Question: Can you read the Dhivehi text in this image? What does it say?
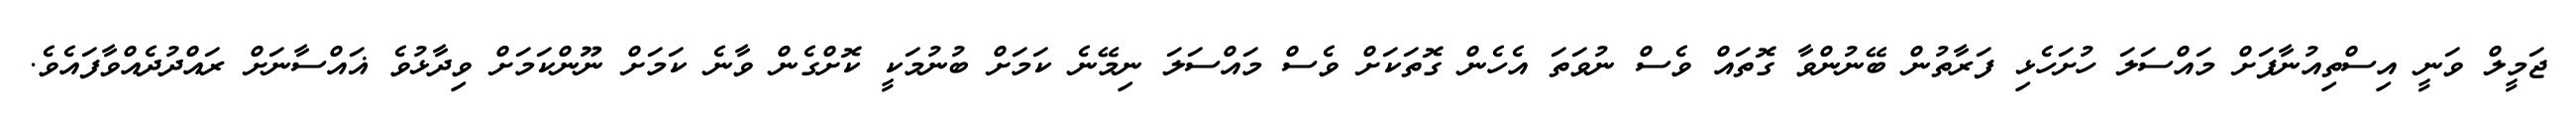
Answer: ޖަމީލް ވަނީ އިސްތިއުނާފަށް މައްސަލަ ހުށަހެޅި ފަރާތުން ބޭނުންވާ ގޮތައް ވެސް ނުވަތަ އެހެން ގޮތަކަށް ވެސް މައްސަލަ ނިމޭނެ ކަމަށް ބުނުމަކީ ކޮށްގެން ވާނެ ކަމަށް ނޫންކަމަށް ވިދާޅުވެ ޣައްސާނަށް ރައްދުދެއްވާފައެވެ.